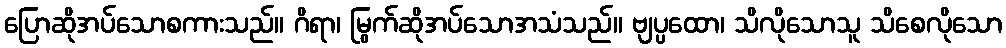
ပြောဆိုအပ်သောစကားသည်။ ဂိရာ၊ မြွက်ဆိုအပ်သောအသံသည်။ ဗျပ္ပထော၊ သိလိုသောသူ သိစေလိုသော